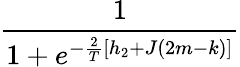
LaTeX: \frac{1}{1+e^{-\frac{2}{T}[h_{2}+J(2m-k)]}}